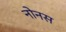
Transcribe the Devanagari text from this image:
नोनस